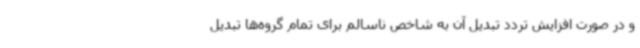
و در صورت افزایش تردد تبدیل آن به شاخص ناسالم برای تمام گروه‌ها تبدیل